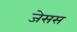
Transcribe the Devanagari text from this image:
जेसस